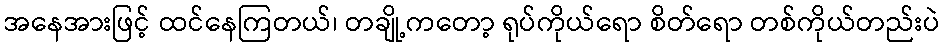
အနေအားဖြင့် ထင်နေကြတယ်၊ တချို့ကတော့ ရုပ်ကိုယ်ရော စိတ်ရော တစ်ကိုယ်တည်းပဲ